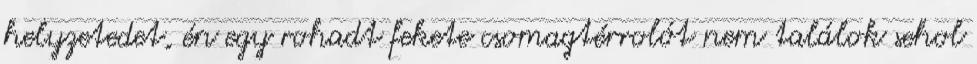
helyzetedet, én egy rohadt fekete csomagtérrolót nem találok sehol